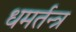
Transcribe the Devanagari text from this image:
धमर्तन्त्र